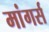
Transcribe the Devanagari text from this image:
मांगर्स